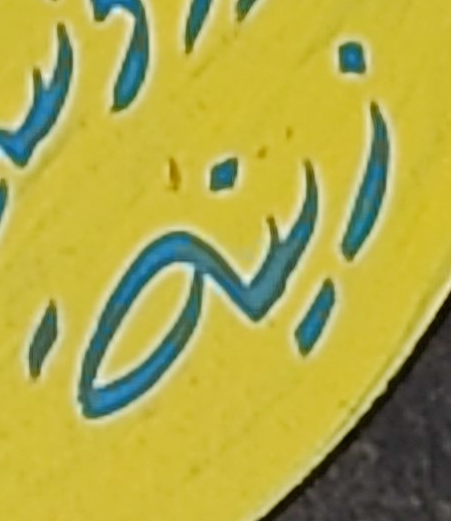
زينة